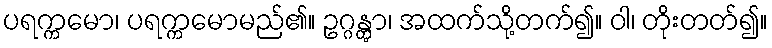
ပရက္ကမော၊ ပရက္ကမောမည်၏။ ဥဂ္ဂန္တွာ၊ အထက်သို့တက်၍။ ဝါ၊ တိုးတတ်၍။